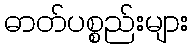
ဓာတ်ပစ္စည်းများ